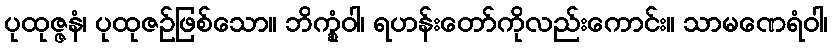
ပုထုဇ္ဇနံ၊ ပုထုဇဉ်ဖြစ်သော။ ဘိက္ခုံဝါ၊ ရဟန်းတော်ကိုလည်းကောင်း။ သာမဏေရံဝါ၊